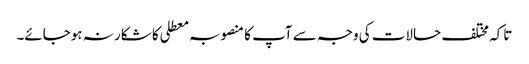
تاکہ مختلف حالات کی وجہ سے آپ کا منصوبہ معطلی کا شکار نہ ہوجائے۔